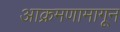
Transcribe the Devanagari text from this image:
आक्रमणामागून